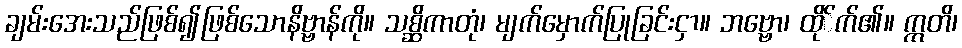
ချမ်းအေးသည်ဖြစ်၍ဖြစ်သောနိဗ္ဗာန်ကို။ သစ္ဆိကာတုံ၊ မျက်မှောက်ပြုခြင်းငှာ။ ဘဗ္ဗော၊ ထို်က်၏။ ဣတိ၊